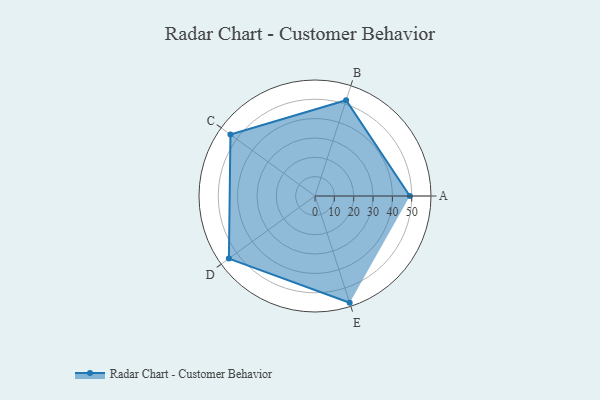
{"axis": {"x": "Skill", "y": "Score"}, "legend": ["Profile"], "data": [{"x": "A", "y": 49.0, "type": "Profile"}, {"x": "B", "y": 52.0, "type": "Profile"}, {"x": "C", "y": 54.0, "type": "Profile"}, {"x": "D", "y": 55.0, "type": "Profile"}, {"x": "E", "y": 58.0, "type": "Profile"}]}